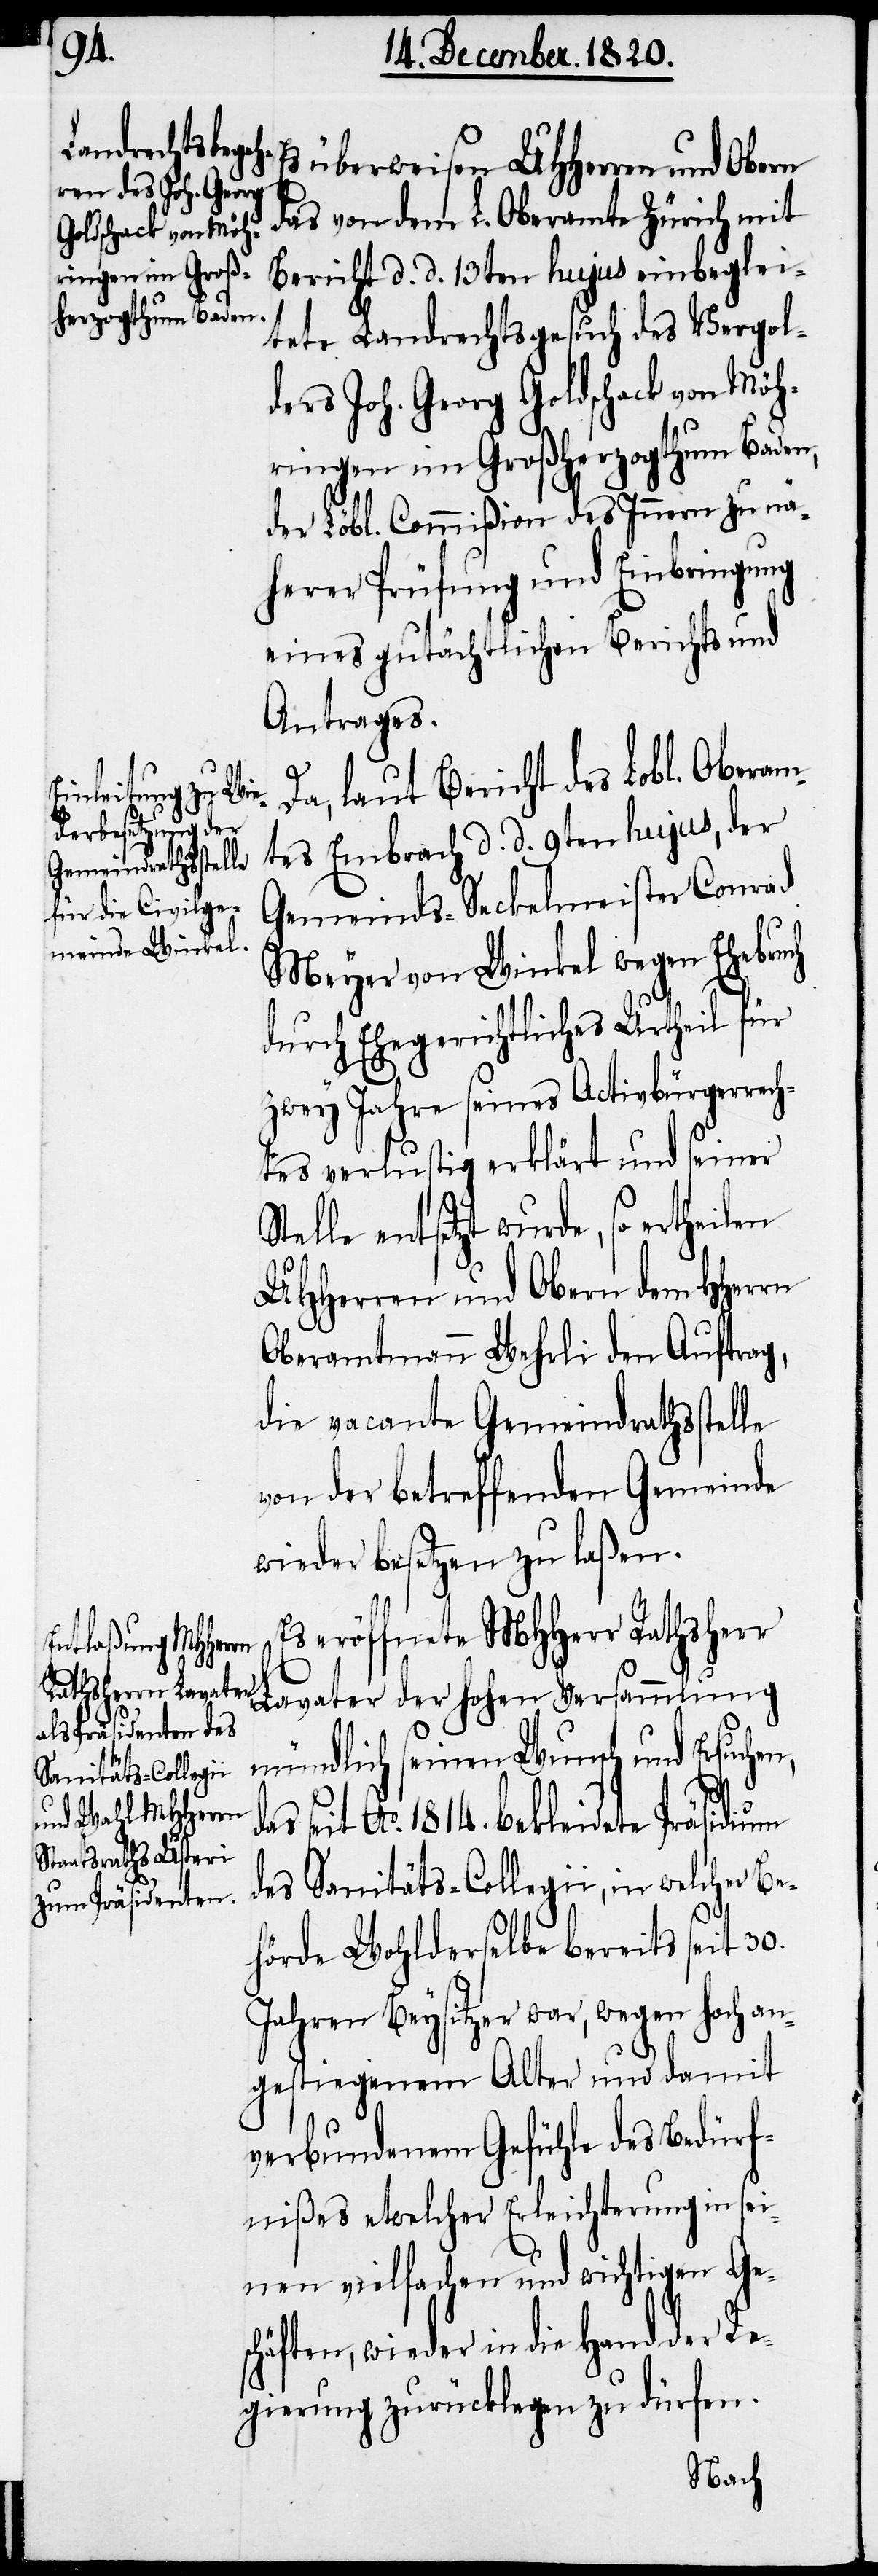
ch
das

s überweisen UHHerren und Obern
das von dem L. Oberamte Zürich mit
Bericht d. d. 13ten hujus einbeglei¬
tete Landrechtsgesuch des Vergol¬
ders Joh. Georg Goldschack von Möh¬
ringen im Großherzogthum Baden,
der Löbl. Commißion des Innern zu nä¬
herer Prüfung und Einbringung
eines gutächtlichen Berichts und
Antrages.
Da, laut Bericht des Lobl. Oberam¬
tes Embrach d. d. 9ten hujus, der
Gemeinds-Seckelmeister Conrad
Meyer von Winkel wegen Ehebru¬
durch Ehegerichtliches Urtheil für
zwey Jahre seines Activbürgerrech¬
tes verlustig erklärt und seiner
Stelle entsetzt wurde, so ertheilen
UHHerren und Obern dem HHerrn
Oberamtmann Wehrli den Auftrag,
die vacante Gemeindrathsstelle
von der betreffenden Gemeinde
wieder besetzen zu laßen.
eröffnete MHHerr Rathsherr
Lavater der hohen Versammlung
mündlich seinen Wunsch und Ersuch¬
seit Ao. 1814. bekleidete Präsidium
des Sanitäts-Collegii, in welcher Be¬
hörde Wohlderselbe bereits seit 30.
Jahren Beysitzer war, wegen hoch an¬
gestiegenem Alter und damit
verbundenem Gefühle des Bedürf¬
nißes etwelcher Erleichterung in sei¬
nen vielfachen und wichtigen Ge¬
schäften, wieder in die Hand der Re¬
gierung zurücklegen zu dürfen.